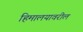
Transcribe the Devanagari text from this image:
हिमालयावरील